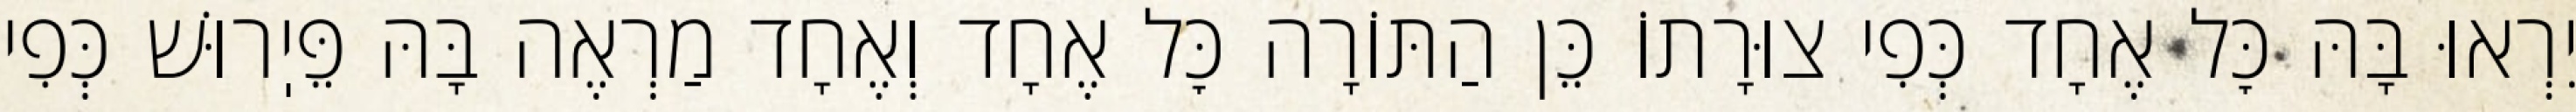
יִרְאוּ בָּהּ כׇּל אֶחָד כְּפִי צוּרָתוֹ כֵּן הַתּוֹרָה כׇּל אֶחָד וְאֶחָד מַרְאֶה בָּהּ פֵּיֽרוּשׁ כְּפִי